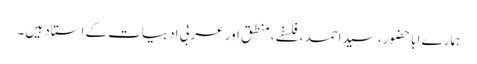
ہمارے اباحضور، سیداحمد، فلسفے، منطق اور عربی ادبیات کے استاد ہیں۔